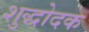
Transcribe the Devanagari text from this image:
शुद्धोदक